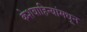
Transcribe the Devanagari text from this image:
केशवाहिन्यांमधून